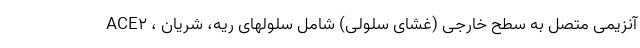
ACE2 ، آنزیمی متصل به سطح خارجی (غشای سلولی) شامل سلولهای ریه، شریان